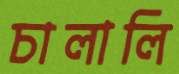
চালালি